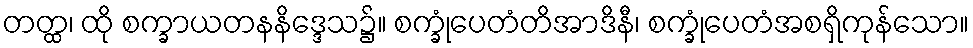
တတ္ထ၊ ထို စက္ခာယတနနိဒ္ဒေသ၌။ စက္ခုံပေတံတိအာဒိနီ၊ စက္ခုံပေတံအစရှိကုန်သော။